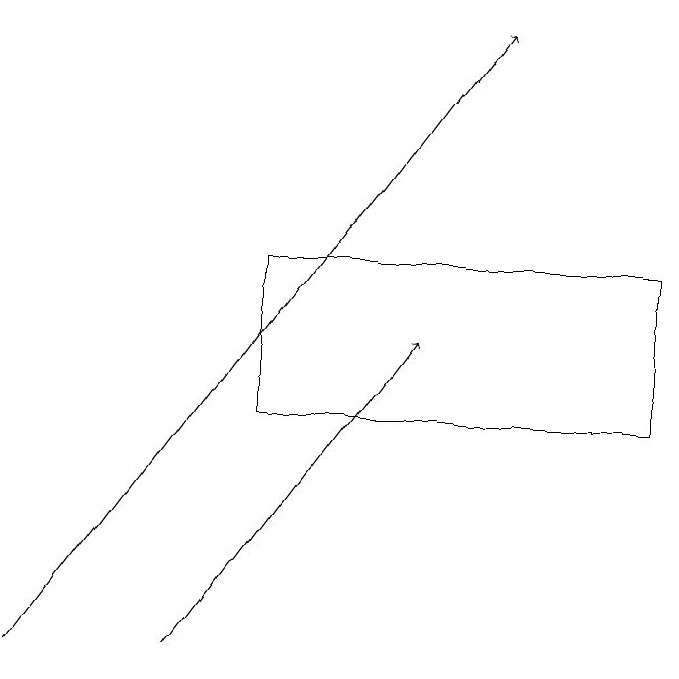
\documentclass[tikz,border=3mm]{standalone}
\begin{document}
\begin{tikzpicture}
\draw (4,15) rectangle (9,13);
\draw[->] (1,10) -- (7,18);
\draw[->] (3,10) -- (6,14);
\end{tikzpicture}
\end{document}